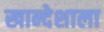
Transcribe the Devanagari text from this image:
खान्देशाला